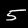
Digit: 5